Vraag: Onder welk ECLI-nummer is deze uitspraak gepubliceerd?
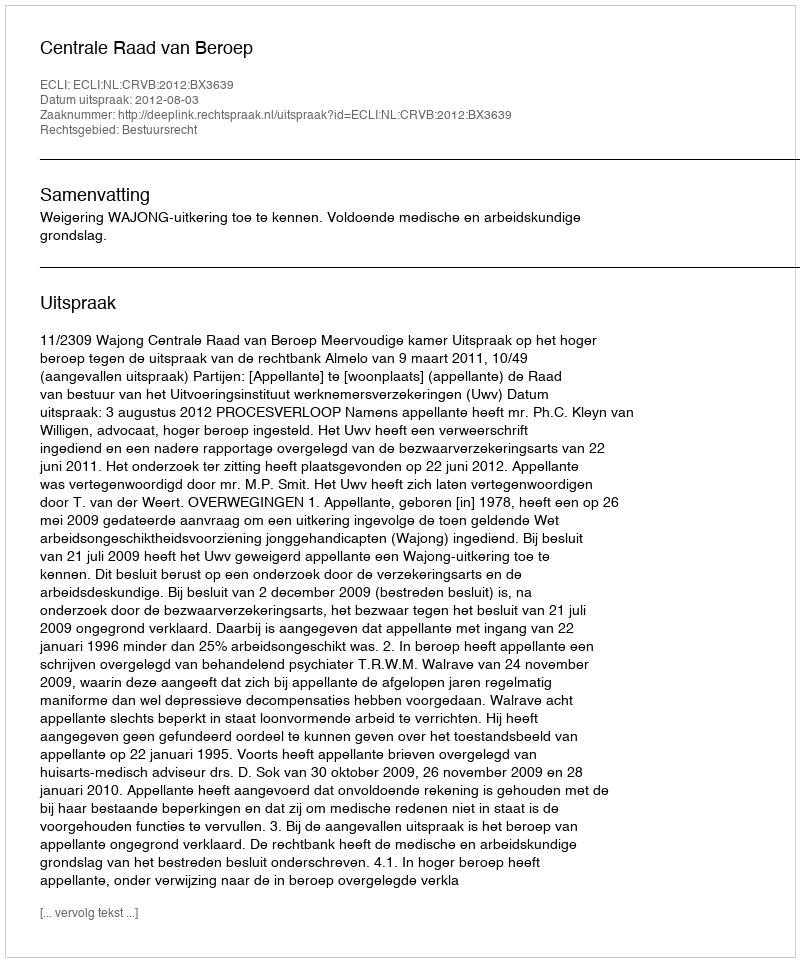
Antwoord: ECLI:NL:CRVB:2012:BX3639